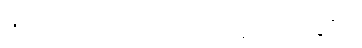
(၅) ဝိဘက်ဆိုး ၃-ပါးကို ပယ်ခြင်း။